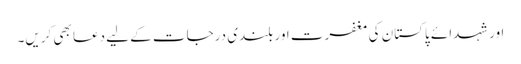
اور شہدائے پاکستان کی مغفرت اور بلندی درجات کے لیے دعا بھی کریں۔